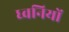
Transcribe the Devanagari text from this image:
ध्‍वनियों